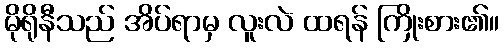
မိုရိုနီသည် အိပ်ရာမှ လူးလဲ ထရန် ကြိုးစား၏။